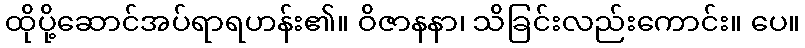
ထိုပို့ဆောင်အပ်ရာရဟန်း၏။ ဝိဇာနနာ၊ သိခြင်းလည်းကောင်း။ ပေ။